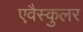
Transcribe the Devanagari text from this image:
एवैस्कुलर